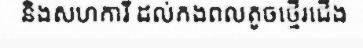
និងសហការី ដល់កងពលតូចថ្មើរជើង